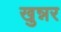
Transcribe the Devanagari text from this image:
खुन्नर